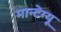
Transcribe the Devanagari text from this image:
मान्टेग्यू